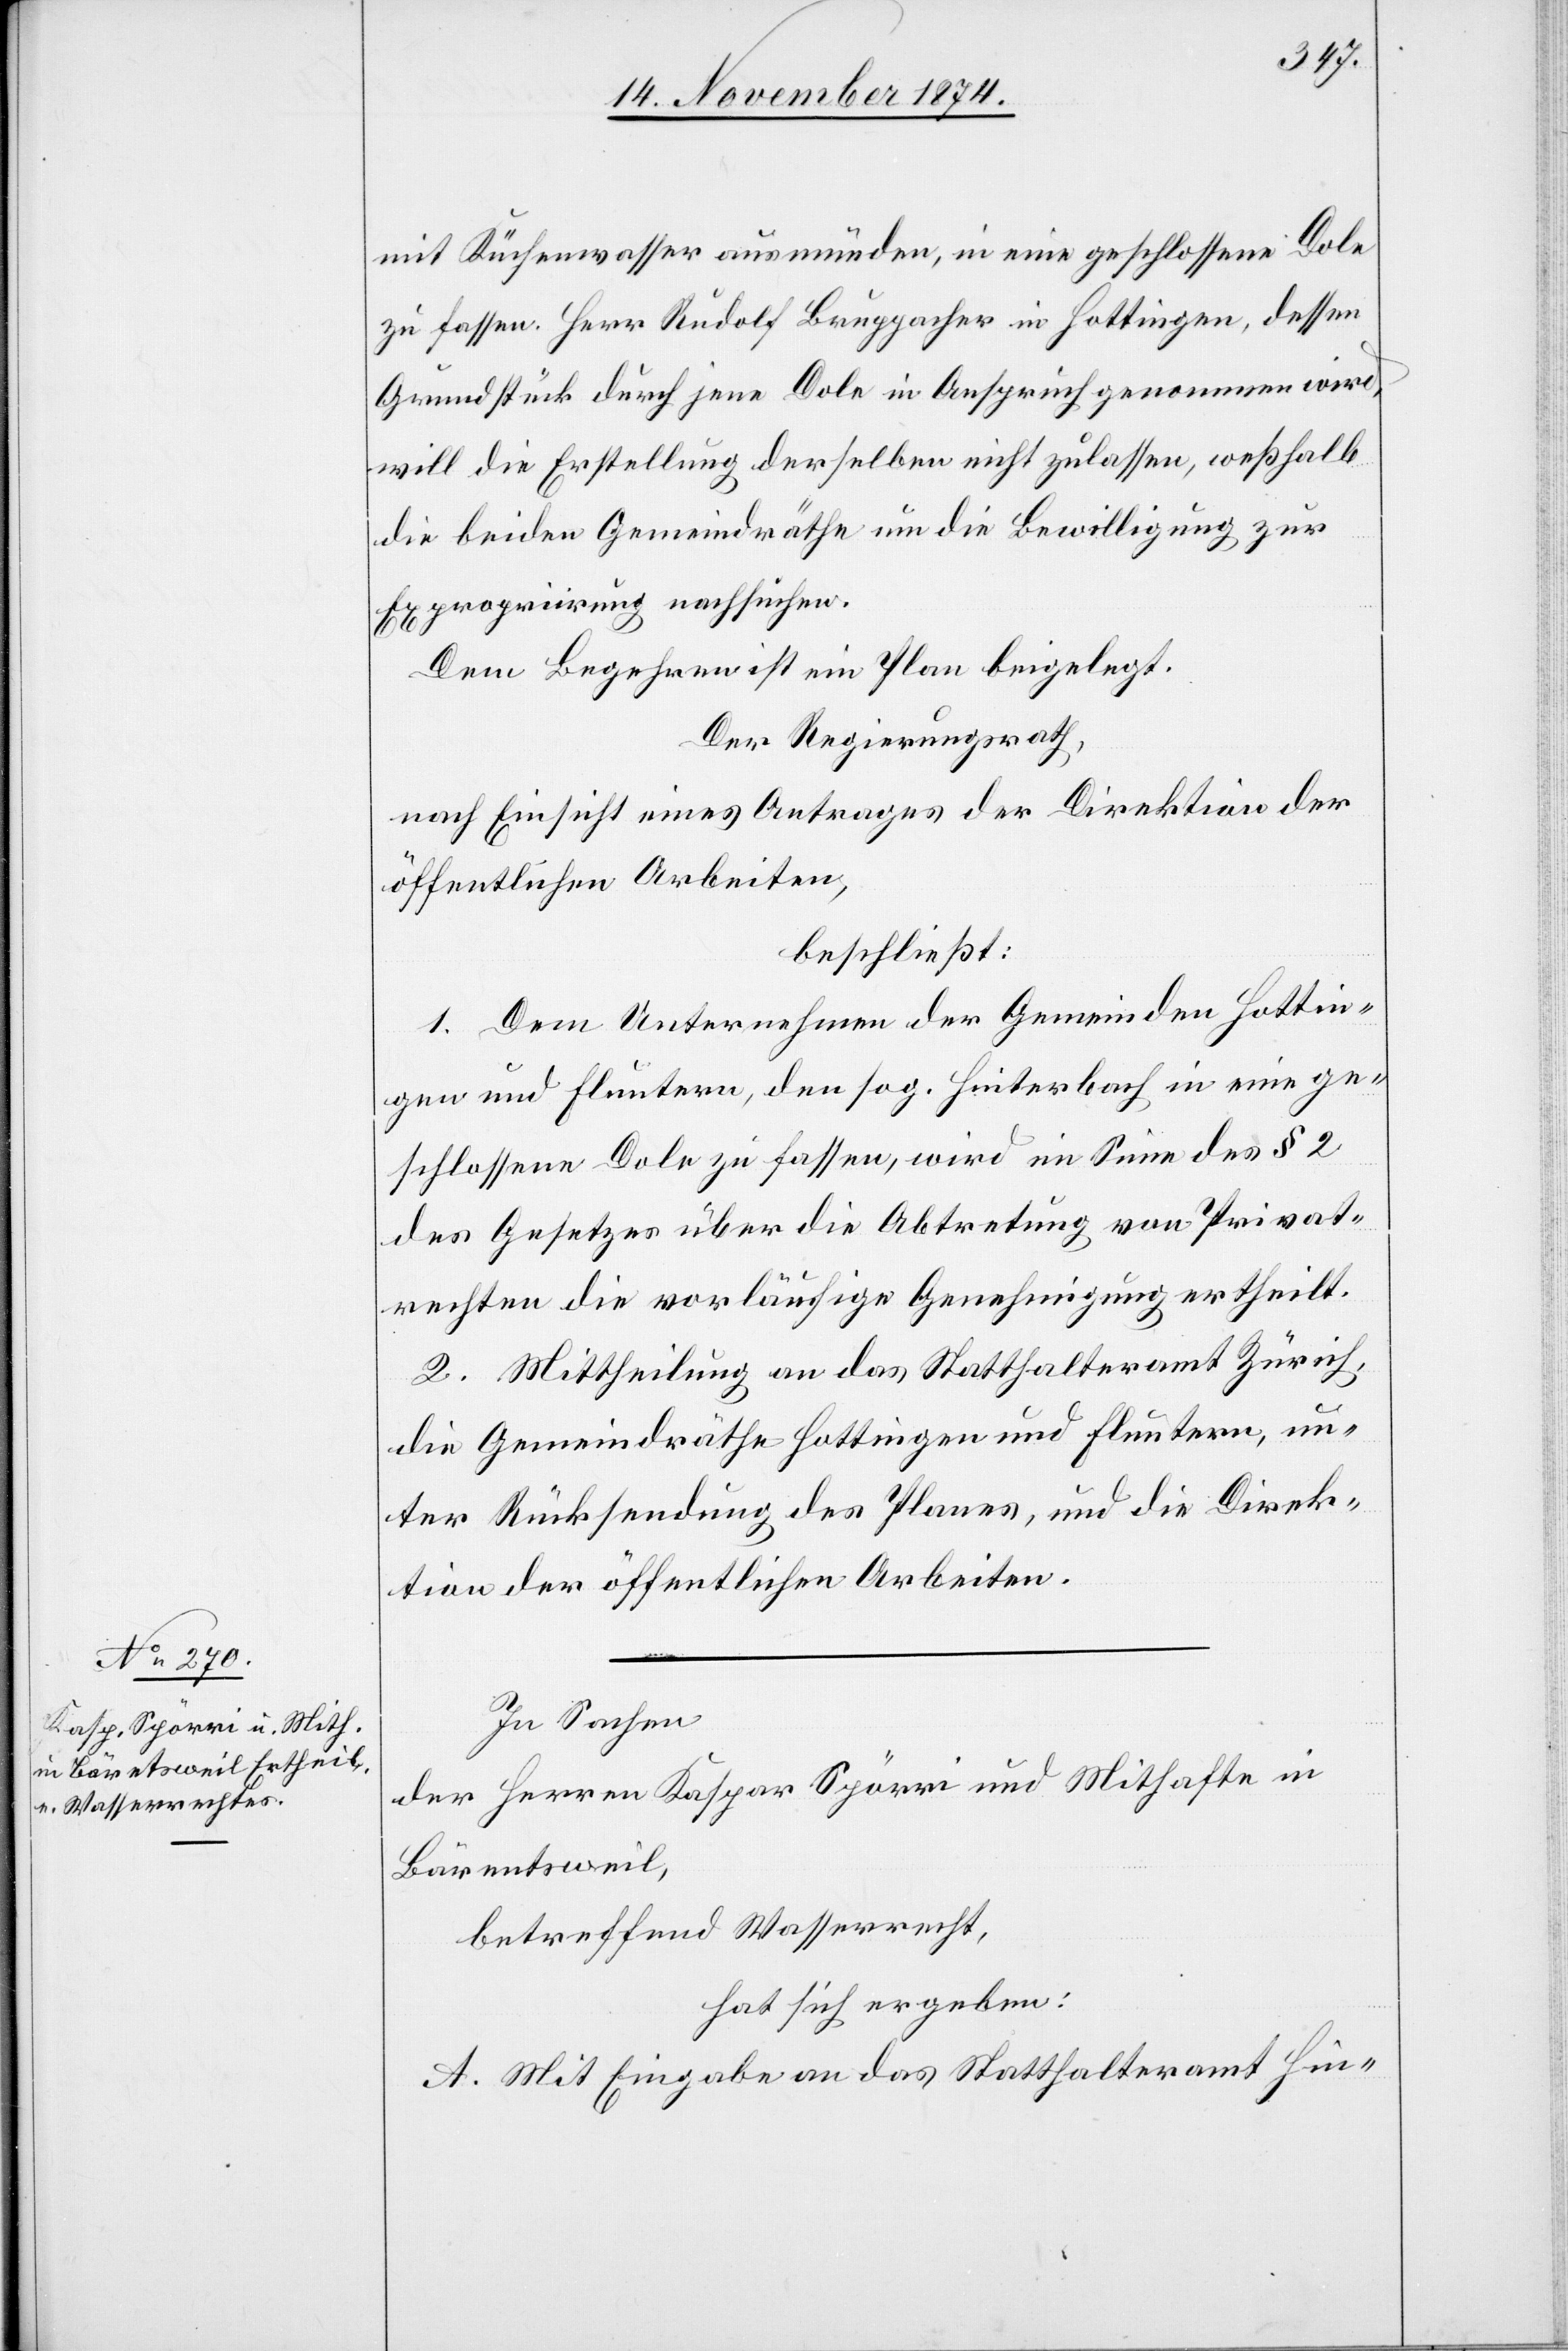
mit Küchenwasser ausmünden, in eine geschlossene Dole
zu fassen. Herr Rudolf Bruppacher in Hottingen, dessen
Grundstück durch jene Dole in Anspruch genommen wird,
will die Erstellung derselben nicht zulassen, weßhalb
die beiden Gemeindräthe um die Bewilligung zur
Expropriirung nachsuchen.
Dem Begehren ist ein Plan beigelegt.
Der Regierungsrath,
nach Einsicht eines Antrages der Direktion der
öffentlichen Arbeiten,
beschließt:
1. Dem Unternehmen der Gemeinden Hottin¬
gen und Fluntern, den sog. Hinterbach in eine ge¬
schlossene Dole zu fassen, wird im Sinne des § 2
des Gesetzes über die Abtretung von Privat¬
rechten die vorläufige Genehmigung ertheilt.
2. Mittheilung an das Statthalteramt Zürich,
die Gemeindräthe Hottingen und Fluntern, un¬
ter Rücksendung des Planes, und die Direk¬
tion der öffentlichen Arbeiten.
In Sachen
der Herren Kaspar Spörri und Mithafte in
Bärentsweil
betreffend Wasserrecht,
hat sich ergeben:
A. Mit Eingabe an das Statthalteramt Hin-